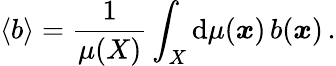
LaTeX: \left<b\right>=\frac{1}{\mu(X)}\int_{X}\mathrm{d}\mu(\boldsymbol{x})\, b(\boldsymbol{x})\, .